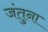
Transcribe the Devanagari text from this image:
जंतुना